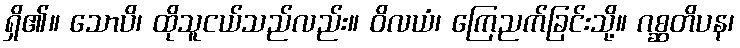
ရှိ၏။ သောပိ၊ ထိုသူငယ်သည်လည်း။ ဝိလယံ၊ ကြေညက်ခြင်းသို့။ ဂစ္ဆတိပန၊